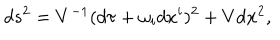
LaTeX: d s ^ { 2 } = V ^ { - 1 } ( d \tau + \omega _ { i } d x ^ { i } ) ^ { 2 } + V d { \bf x } ^ { 2 } ,